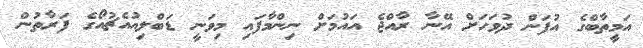
އަމީތާބްގެ އުފަން ދުވަހަށް އޭނާ ރާއްޖެ އަައުމަށް ނިންމާފައި މިވަނީ ޑަބްލިއުއެޗުއޯގެ ފަރާތުން